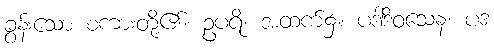
ခွန်းသော စကားတို့၏။ ဥပရိ၊ အထက်၌။ ပဒါဒိဝသေန၊ ပဒ